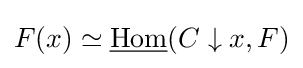
F(x)\simeq {\underline {\operatorname {Hom} }}(C\downarrow x,F)